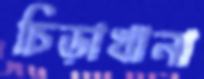
চিড়াখানা